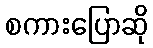
စကားပြောဆို